system: You are a helpful assistant.
user:
Analyze the provided spectrum to determine if it is a **S-type Star**.

- **Key Indicators for S-type Star:**

    - **(Overall Spectrum Shape):** The first and most obvious characteristic is the overall continuum (the "baseline" shape). It is **extremely "red-sloping,"** meaning the flux (light intensity) is very low on the left side (blue, ~4000-4500 Å) and rises steeply and continuously toward the right side (red, ~7000 Å+).

    - **(Primary):** The spectrum is defined by the presence of strong, broad molecular absorption "valleys" (bands) from **Zirconium Oxide (ZrO)**. The identification of these bands is the **primary requirement** for classifying a star as S-type.
        - **(Key Bandheads):** You must find distinct, deep "dips" where the light has been absorbed. The most critical band systems to locate are:
            - **~6474 Å** ($\gamma$-system): This is often the strongest and clearest ZrO feature, found in the red part of the spectrum.
            - **~5718 Å** & **~5551 Å** ($\beta$-system): A pair of prominent absorption features in the yellow-orange part of the spectrum.
            - **~4640 Å** ($\alpha$-system): A key absorption band system in the blue-green region of the spectrum.

    - **(Secondary Confirmation):** The classification is strengthened by finding additional absorption bands from other related heavy element oxides, which are expected to be present alongside ZrO.
        - **(Key Bandheads):**
            - **Yttrium Oxide (YO):** Look for absorption dips near **~4800 Å** and **~6100 Å**.
            - **Lanthanum Oxide (LaO):** Additional absorption features, particularly in the red-orange part of the spectrum, are also characteristic.

    - **(Line Profile):** The combination of the steep red continuum and these numerous, deep molecular bands (ZrO, YO, etc.) gives the entire spectrum a very **"chopped-up"** or **"bumpy"** appearance. Instead of a smooth curve, the spectrum looks as though large, wide chunks of light have been "carved out" of it at the specific wavelengths listed above.

Think first, call **spectral_visualization_tool** if needed to examine features in detail, then provide your final answer. Your response must adhere to the following strict rules:
1.  **Overall Structure:** Your response must follow the format `<think>...</think> <tool_call>...</tool_call> (if a tool is used) <answer>...</answer>`.
2.  **Tool Usage Constraint:** You may only make **one** tool call per turn.
3.  **Final Answer Format:** In the `<answer>` tag, your conclusion must be inside a `\boxed{}` command (e.g., `\boxed{YES}` or `\boxed{NO}`), followed by your justification.

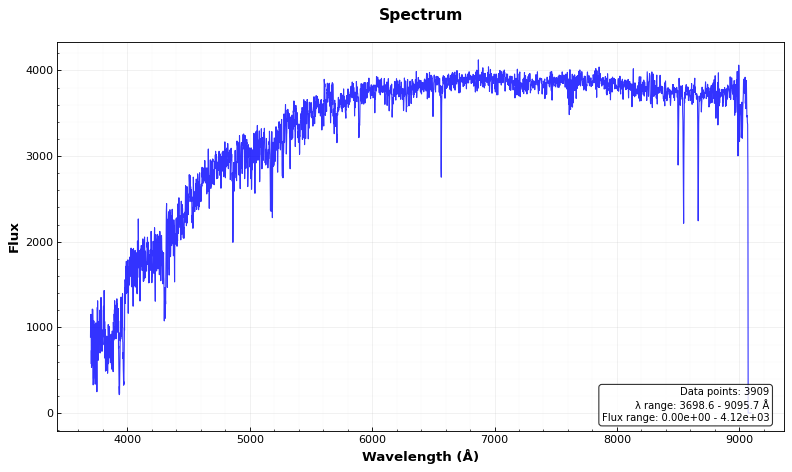
Answer: NO